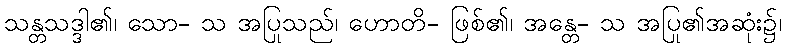
သန္တသဒ္ဒါ၏၊ သော- သ အပြုသည်၊ ဟောတိ- ဖြစ်၏၊ အန္တေ- သ အပြု၏အဆုံး၌၊